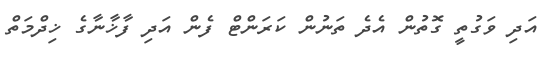
އަދި ވަގުތީ ގޮތުން އެދެ ތަނުން ކަރަންޓް ފެން އަދި ފާޚާނާގެ ޚިދްމަތް